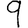
Digit: 9